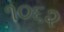
૧૦૬૨